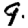
Digit: 9